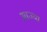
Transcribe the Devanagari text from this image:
आज्या